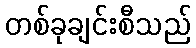
တစ်ခုချင်းစီသည်